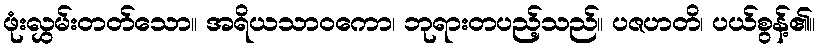
ဖုံးလွှမ်းတတ်သော။ အရိယသာဝကော၊ ဘုရားတပည့်သည်။ ပဇဟတိ၊ ပယ်စွန့်၏။